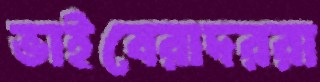
ভাইবেরাদররা